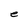
Character: e